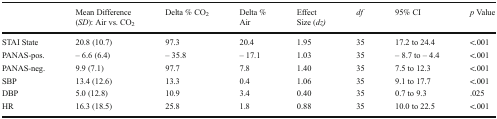
<table><thead><tr><td></td><td><b>Mean Difference (<i>SD</i>): Air vs. CO<sub>2</sub></b></td><td><b>Delta % CO<sub>2</sub></b></td><td><b>Delta %Air</b></td><td><b>Effect Size (<i>dz)</i></b></td><td><b><i>df</i></b></td><td><b>95% CI</b></td><td><b><i>p</i> Value</b></td></tr></thead><tbody><tr><td>STAI State</td><td>20.8 (10.7)</td><td>97.3</td><td>20.4</td><td>1.95</td><td>35</td><td>17.2 to 24.4</td><td>&lt;.001</td></tr><tr><td>PANAS-pos.</td><td>– 6.6 (6.4)</td><td>– 35.8</td><td>– 17.1</td><td>1.03</td><td>35</td><td>– 8.7 to – 4.4</td><td>&lt;.001</td></tr><tr><td>PANAS-neg.</td><td>9.9 (7.1)</td><td>97.7</td><td>7.8</td><td>1.40</td><td>35</td><td>7.5 to 12.3</td><td>&lt;.001</td></tr><tr><td>SBP</td><td>13.4 (12.6)</td><td>13.3</td><td>0.4</td><td>1.06</td><td>35</td><td>9.1 to 17.7</td><td>&lt;.001</td></tr><tr><td>DBP</td><td>5.0 (12.8)</td><td>10.9</td><td>3.4</td><td>0.40</td><td>35</td><td>0.7 to 9.3</td><td>.025</td></tr><tr><td>HR</td><td>16.3 (18.5)</td><td>25.8</td><td>1.8</td><td>0.88</td><td>35</td><td>10.0 to 22.5</td><td>&lt;.001</td></tr></tbody></table>